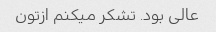
عالی بود. تشکر میکنم ازتون